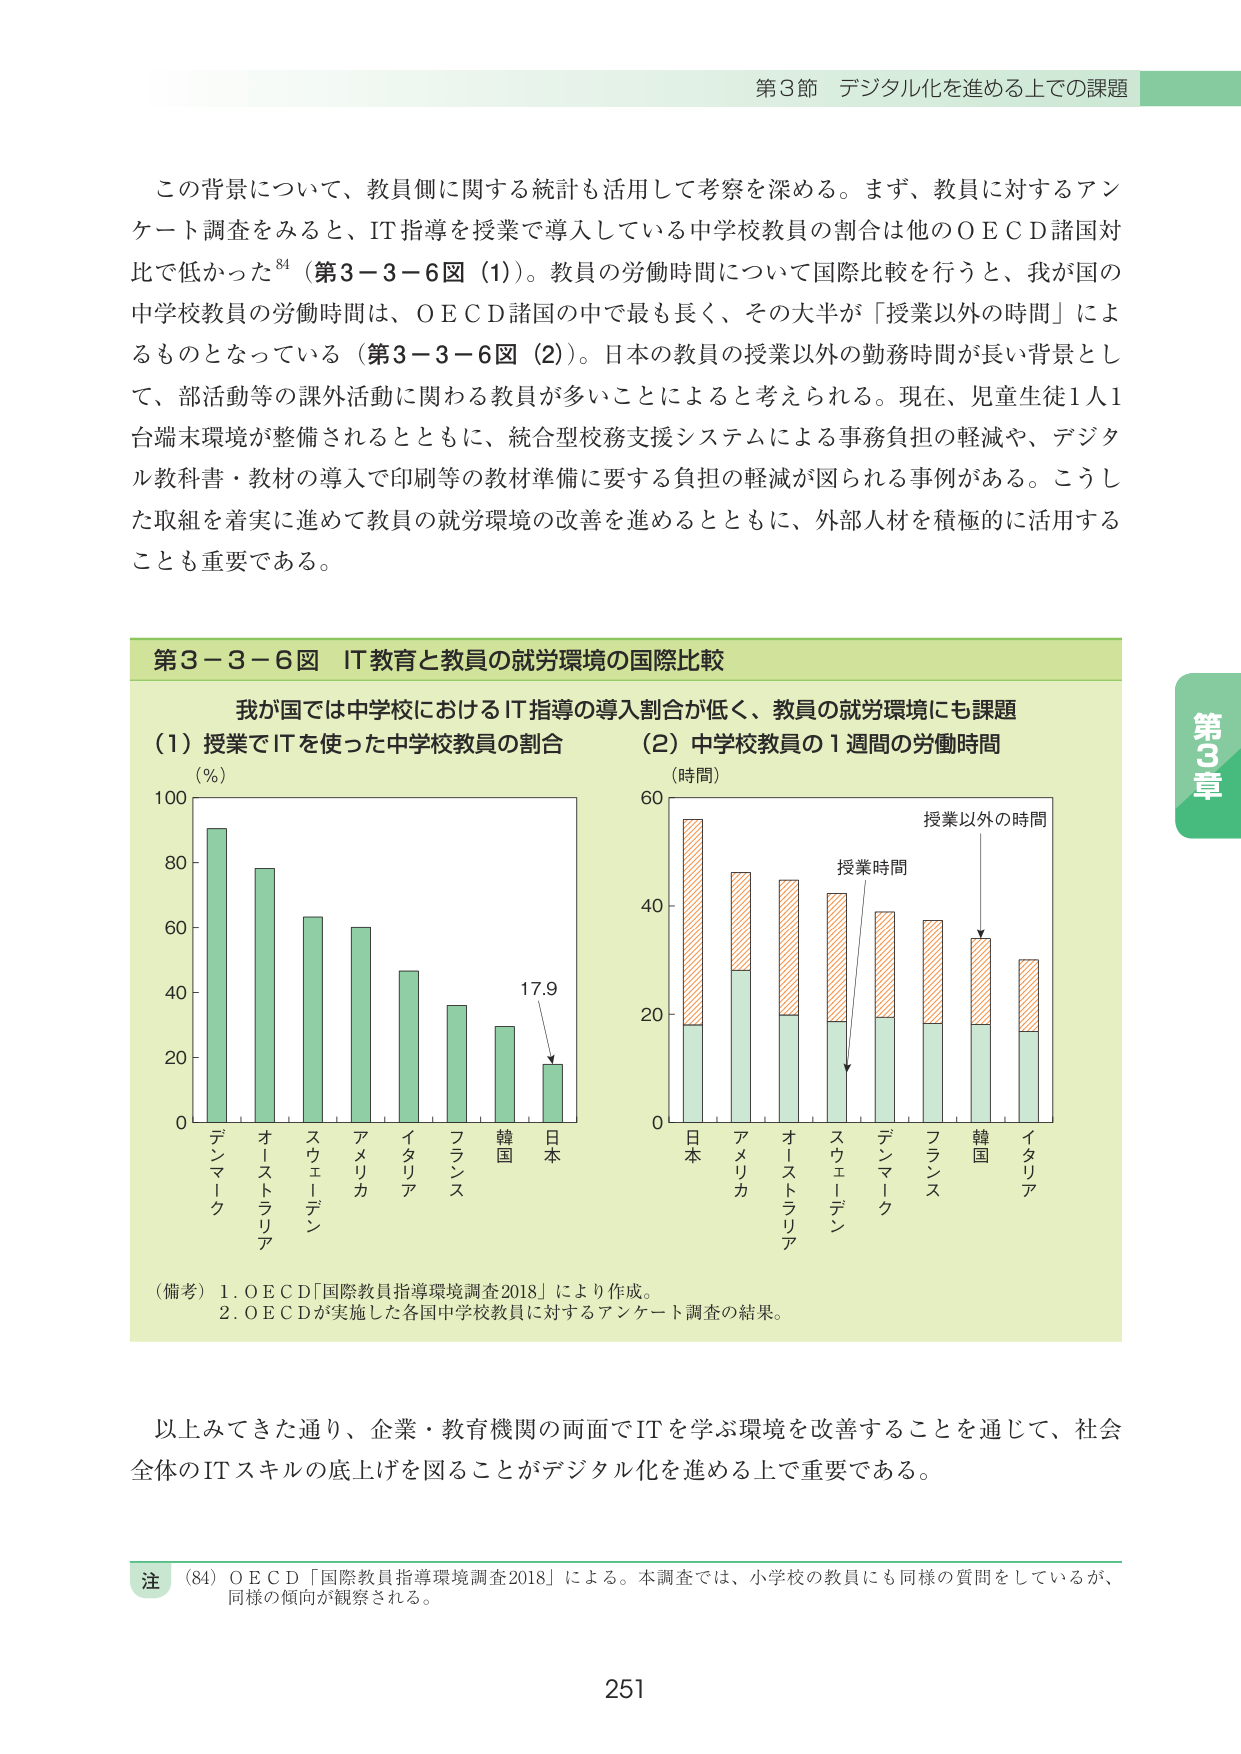
第3節 デジタル化を進める上での課題

この背景について、教員側に関する統計も活用して考察を深める。まず、教員に対するアンケート調査をみると、IT指導を授業で導入している中学校教員の割合は他のＯＥＣＤ諸国対比で低かった⁸⁴（第3－3－6図（1））。教員の労働時間について国際比較を行うと、我が国の中学校教員の労働時間は、ＯＥＣＤ諸国の中で最も長く、その大半が「授業以外の時間」によるものとなっている（第3－3－6図（2））。日本の教員の授業以外の勤務時間が長い背景として、部活動等の課外活動に関わる教員が多いことによると考えられる。現在、児童生徒1人1台端末環境が整備されるとともに、統合型校務支援システムによる事務負担の軽減や、デジタル教科書・教材の導入で印刷等の教材準備に要する負担の軽減が図られる事例がある。こうした取組を着実に進めて教員の就労環境の改善を進めるとともに、外部人材を積極的に活用することも重要である。

第3－3－6図 IT教育と教員の就労環境の国際比較

我が国では中学校におけるIT指導の導入割合が低く、教員の就労環境にも課題

（1）授業でITを使った中学校教員の割合
（％）
100
80
60
40
20
0
デンマーク
オーストラリア
スウェーデン
アメリカ
イタリア
フランス
韓国
日本
17.9

（2）中学校教員の1週間の労働時間
（時間）
60
40
20
0
授業時間
授業以外の時間
日本
アメリカ
オーストラリア
スウェーデン
デンマーク
フランス
韓国
イタリア

（備考）1. ＯＥＣＤ「国際教員指導環境調査2018」により作成。
2. ＯＥＣＤが実施した各国中学校教員に対するアンケート調査の結果。

以上みてきた通り、企業・教育機関の両面でITを学ぶ環境を改善することを通じて、社会全体のITスキルの底上げを図ることがデジタル化を進める上での課題である。

注 （84）ＯＥＣＤ「国際教員指導環境調査2018」による。本調査では、小学校の教員にも同様の質問をしているが、同様の傾向が観察される。

251

第3章